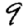
Digit: 9